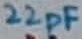
Text: 22pF